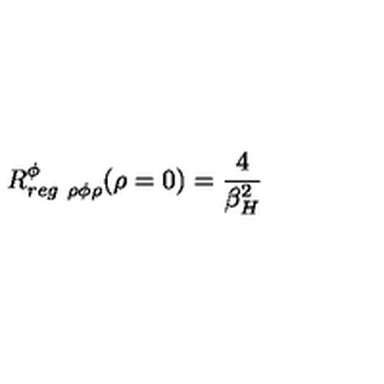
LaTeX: R _ { r e g \ \rho \phi \rho } ^ { \phi } ( \rho = 0 ) = { \frac { 4 } { \beta _ { H } ^ { 2 } } }